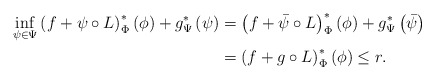
\begin{align*}\inf_{\psi\in\Psi}\left(f+\psi\circ L\right)^{*}_\Phi\left(\phi\right)+g^{*}_\Psi\left(\psi\right) & =\left(f+\bar{\psi}\circ L\right)^{*}_\Phi\left(\phi\right)+g^{*}_\Psi\left(\bar{\psi}\right)\\& =\left(f+g\circ L\right)^{*}_\Phi\left(\phi\right)\leq r.\end{align*}